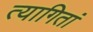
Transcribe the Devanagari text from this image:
त्यागितां